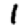
Digit: 1